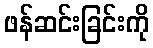
ဖန်ဆင်းခြင်းကို